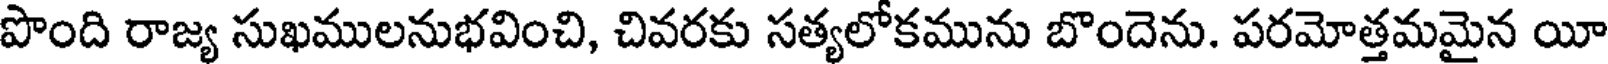
పొంది రాజ్య సుఖములనుభవించి, చివరకు సత్యలోకమును బొందెను. పరమోత్తమమైన యీ